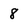
Character: 8